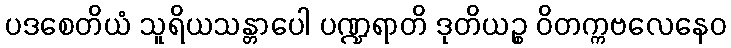
ပဒစေတိယံ သူရိယသန္တာပေါ ပဏ္ဍရာတိ ဒုတိယဉ္စ ဝိတက္ကဗလေနေဝ